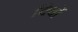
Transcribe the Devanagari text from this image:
विवों